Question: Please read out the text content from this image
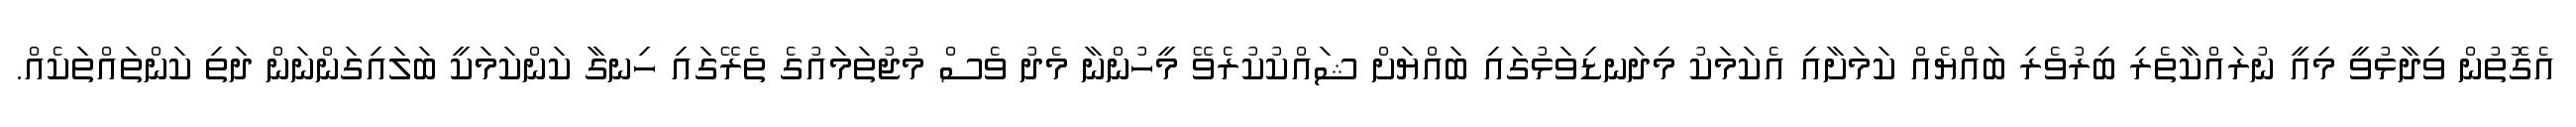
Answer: އެގޮތުން ވިދާޅުވީ މިއީ ނުރައްކާތެރި ބިރުވެރި ބައްޔެއް ކަމަށާއި އެކަމަކު މިދަނޑިވަޅުގައި ބައްޔަށް ޝައްކުކުރެވޭ މީހުންނާ މެދު ވެސް މުޖުތަމައުގެ ތެރޭގައި ހިނގާ ކަންކަމަކީ ބަލައިގަންނަން ދަތި ކަންތައްތަކެއް.